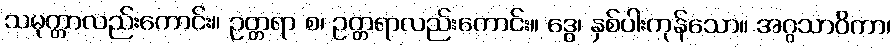
သမုတ္တာလည်းကောင်း။ ဥတ္တရာ စ၊ ဥတ္တရာလည်းကောင်း။ ဒွေ၊ နှစ်ပါးကုန်သော။ အဂ္ဂသာဝိကာ၊